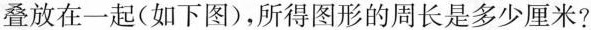
叠放在一起(如下图)，所得图形的周长是多少厘米?